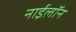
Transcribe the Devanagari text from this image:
नाईलॉन